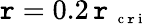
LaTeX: \mathtt{r}=0.2\, \mathtt{r}_{\mathrm{{~\scriptsize~c~\mathtt{r}~i~}}}